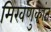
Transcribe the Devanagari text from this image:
मिरवणुकांत